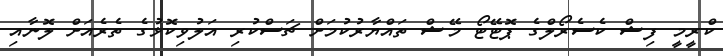
ކްރީމީ ފިޝް ކެސެރޯލްގެ ޕޮޓޭޓޯ މޭޝް ތައްޔާރުކުމަށް ޗަސްކުރި އަލުވިކޮޅުގެ ތެރެއަށް ލޮނާއި